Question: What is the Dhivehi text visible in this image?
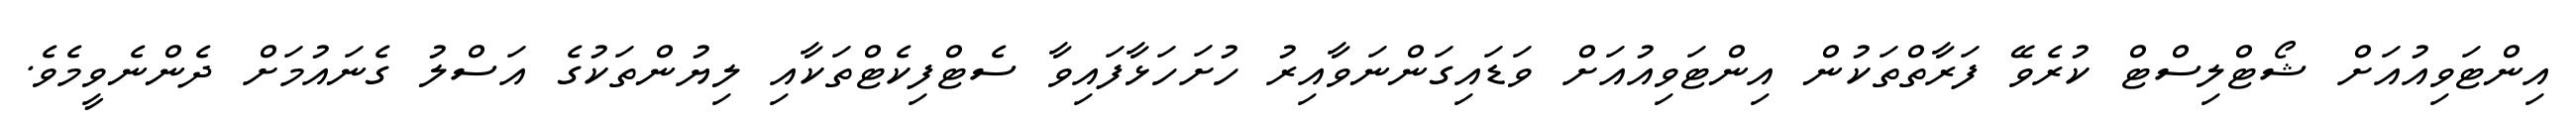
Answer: އިންޓަވިއުއަށް ޝޯޓްލިސްޓް ކުރެވޭ ފަރާތްތަކުން އިންޓަވިއުއަށް ވަޑައިގަންނަވާއިރު ހުށަހަޅާފައިވާ ސެޓްފިކެޓްތަކާއި ލިޔުންތަކުގެ އަސްލު ގެނައުމަށް ދެންނެވީމެވެ.